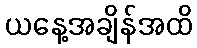
ယနေ့အချိန်အထိ